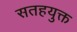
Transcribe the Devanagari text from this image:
सतहयुक्त